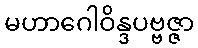
မဟာဂေါဝိန္ဒပဗ္ဗဇ္ဇာ